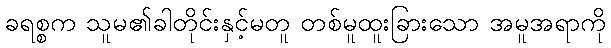
ခရစ္စက သူမ၏ခါတိုင်းနှင့်မတူ တစ်မူထူးခြားသော အမူအရာကို